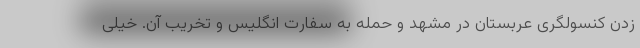
زدن کنسولگری عربستان در مشهد و حمله به سفارت انگلیس و تخریب آن. خیلی